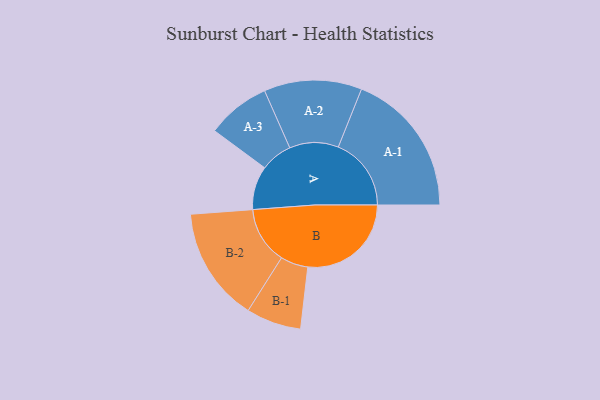
{"axis": {"x": "Segment", "y": "Value"}, "legend": ["", "A", "B"], "data": [{"x": "A", "y": 163, "type": ""}, {"x": "B", "y": 387, "type": ""}, {"x": "A-1", "y": 273, "type": "A"}, {"x": "A-2", "y": 183, "type": "A"}, {"x": "A-3", "y": 119, "type": "A"}, {"x": "B-1", "y": 103, "type": "B"}, {"x": "B-2", "y": 214, "type": "B"}]}